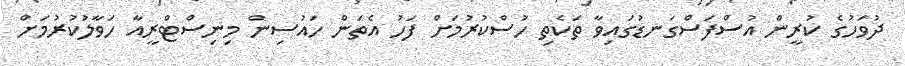
ދުވަހުގެ ކުރީން އުސްފަސްގަނޑުގައިވާ ތަކެތި ހުސްކުރުމަށް ފަހު އެތަން ހައުސިން މިނިސްޓްރީއާ ހަވާލުކުރުމަށް